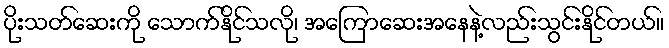
ပိုးသတ်ဆေးကို သောက်နိုင်သလို၊ အကြောဆေးအနေနဲ့လည်းသွင်းနိုင်တယ်။